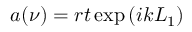
a ( \nu ) = r t \exp { ( i k L _ { 1 } ) }